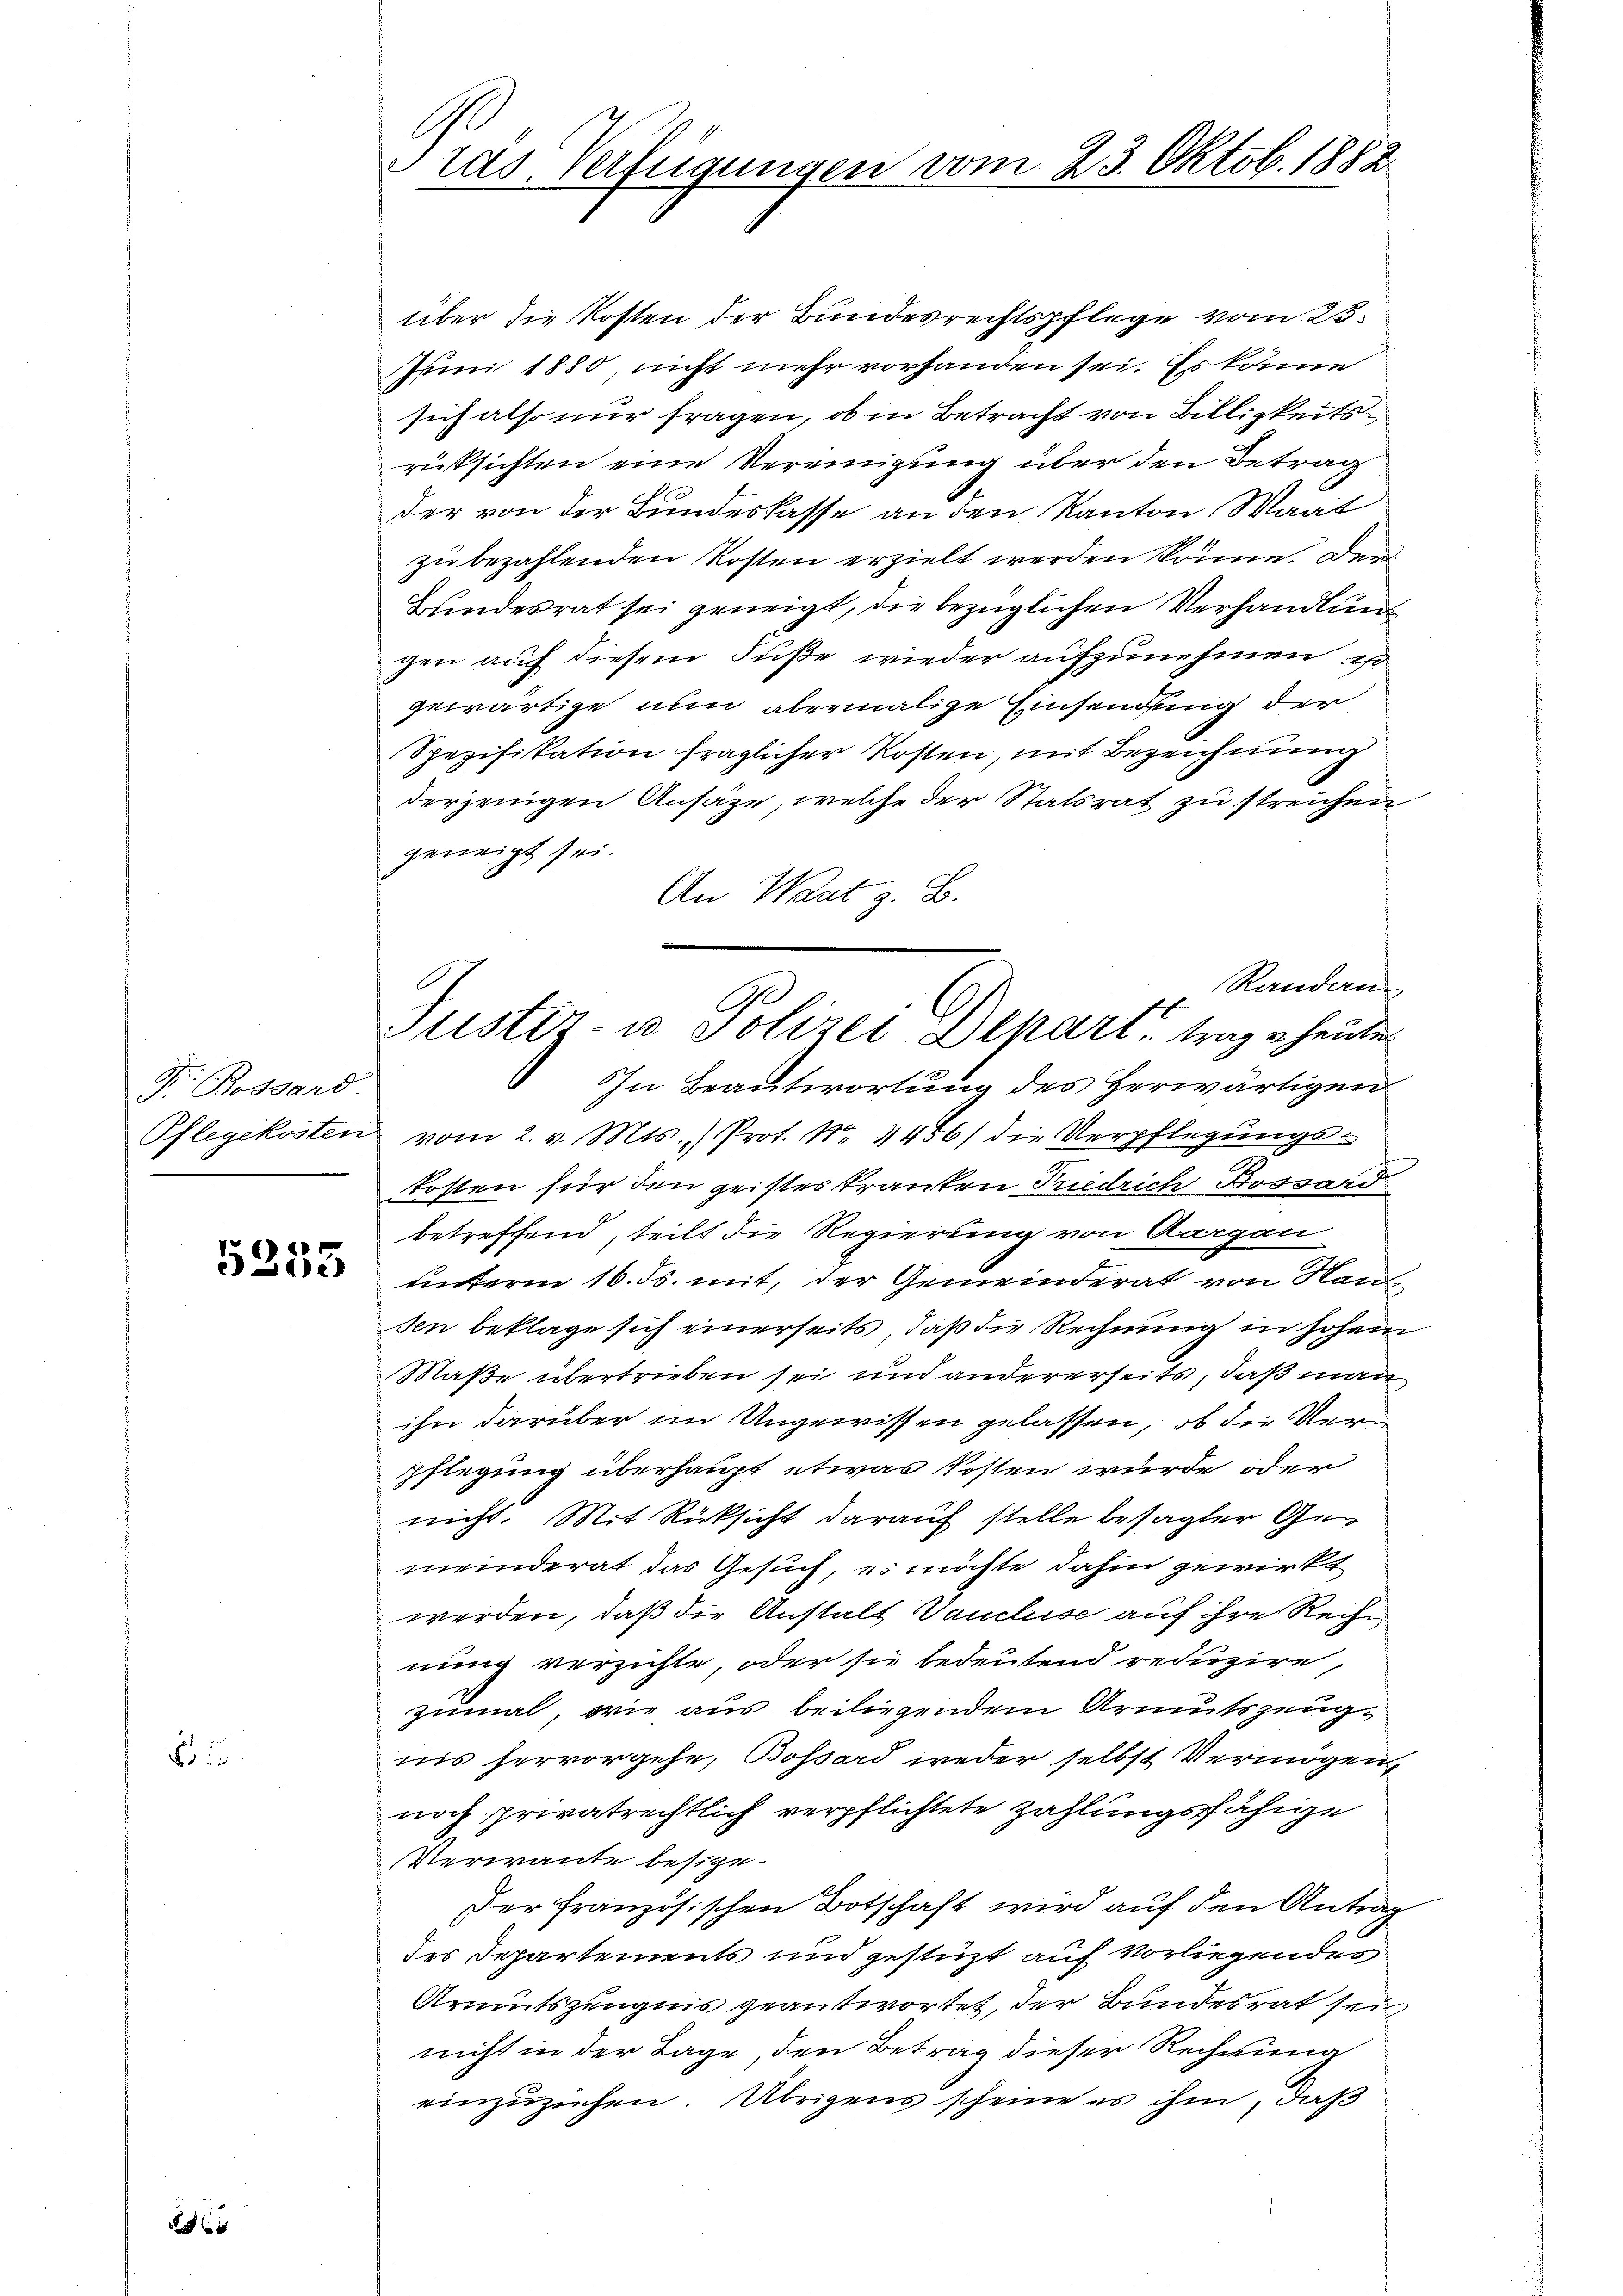
Dr. Bossard.
Pflegekosten

x 5

5353

ras. Verfügungen vom 23. Oktob. 1882

über die Kosten der Bundesrechtspflege vom 25.
Juni 1880, nicht mehr vorhanden sei. Es käme
sich also nur fragen, ob in Betracht von Billigkeitsrüksichten eine Vereinigung über den Betrag
der von der Bundeskasse an den Kanton Waat
zu bezahlenden Kosten erzielt werden könne. Der
Bundesrat sei geneigt, die bezüglichen Verhandlung
gen auch diesem Fuße wieder aufzunehmen, so
gewärtige nun abermalige Einsendung der
Spezifikation fraglicher Kosten, mit Bezeichnung
derjenigen Ansäze, welche der Statsrat zu streichen,
geneigt sei.
An Waat E.
Randan
In Beantwortung des Herwärtigen
vom 2. v. Mts. ) Prot. Nr. 4456/ die Verpflegungskosten für den geistes kranken Priedrich Bossard
betreffend, teilt die Regierung von Aargau-
unterm 16. ds. mit, der Gemeinderat von Nau
sen beklage sich einerseits, daß die Rechnung in hohem
Maße übertrieben sei und andererseits, daß man
ihn darüber im Ungewissen gelassen, ob die Veru
pflegung überhaupt etwas kosten wurde oder
nicht. Mit Rücksicht darauf stelle besagter Gemeinderat das Gesuch, es möchte dahin gewirkt
werden, daß die Anstalt Vancluse auf ihre Reihe
nung verzichte, oder sie bedeutend reduzire,
zumal, wie aus beiliegendem Armutszeugnis hervorgehe, Bossard weder selbst Vermögen,
noch privatrechtlich verpflichtete Zahlungsfähige
Verwante besitze.
Der Französischen Botschaft wird auf den Antrag
des Departements und gestüzt auf vorliegendes
Armutszeugnis geantwortet, der Bundesrat sein
nicht in der Tage den Betrag dieser Rechnung
einzuziehen. Übrigens scheine es ihm, daß

Justiz- u. Polizei Depart trage heute